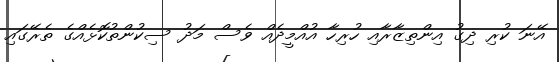
އޭނަ ކުރި ދިގު އިންތިޒާރާއި ހުރިހާ އުއްމީދެއް ވެސް މަދު ސިކުންތުކޮޅެއްގެ ތެރޭގައި